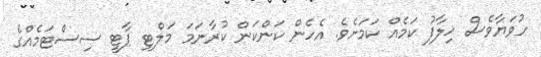
ހުވަޔާވެސް ޚިލާފު ކަމެއް ކަމަށެވެ. އެހެން ކަންކަން ކުރާނަމަ މަލްޓި ޕާޓީ ސިސްޓަމެއްގެ